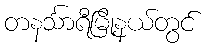
တနင်္သာရီမြို့နယ်တွင်